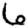
Digit: 6